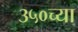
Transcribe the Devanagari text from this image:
३५०च्या